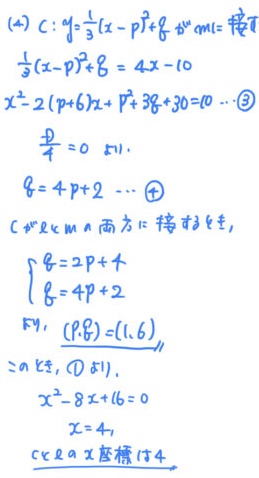
(2) \(C: y = \frac{1}{3}(x - p)^{2}+q\) ，\(m = 4\) ，接点处\(\frac{1}{3}(x - p)^{2}+q = 4x - 10\)，即\(x^{2}-2(p + 6)x + p^{2}+3q + 30 = 0\ \cdots\textcircled{3}\)。

由\(\frac{D}{4}=0\) ，可得\(q = 4p + 2\ \cdots\textcircled{4}\)。

当\(C\) 与\(2x - m\) 都相切时，\(\begin{cases}q = 2p+4\\q = 4p + 2\end{cases}\)，由此可得\((p,q)=(1,6)\)。

\(\therefore\) 此时，由\(\textcircled{1}\)可得，\(x^{2}-8x + 16 = 0\)，解得\(x = 4\)，\(C\) 的\(x\) 坐标是\(4\) 。